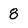
Character: 8